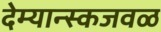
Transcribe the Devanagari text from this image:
देम्यान्स्कजवळ